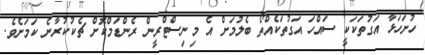
ހުށަހަޅާ އަގުތަކަކީ ސައްހަ އަގުތަކެއްތޯ ބެލުމަށް އެ މިނިސްޓްރީން ރެންޑަމްކޮށް ޗެކުކުރާނެ ކަމަށެވެ.